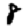
Digit: 8